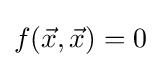
f({\vec {x}},{\vec {x}})=0